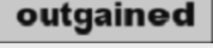
outgained